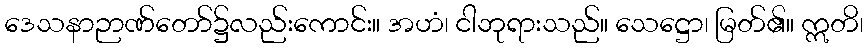
ဒေသနာဉာဏ်တော်၌လည်းကောင်း။ အဟံ၊ ငါဘုရားသည်။ သေဋ္ဌော၊ မြတ်၏။ ဣတိ၊